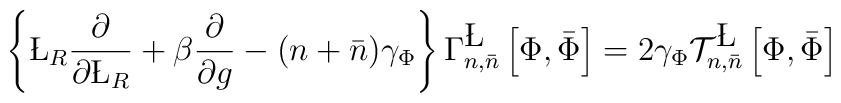
\left\{ \L_R \frac{\partial}{\partial \L_R} + \beta \frac{\partial}{\partial g}-(n+\bar{n})\gamma_{\Phi} \right\}\Gamma^{\L}_{n,\bar{n}}\left[\Phi,\bar{\Phi}\right] = 2\gamma_{\Phi} {\cal T}^{\L}_{n,\bar{n}}\left[\Phi,\bar{\Phi}\right]